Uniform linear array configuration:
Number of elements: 12
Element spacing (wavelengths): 0.25
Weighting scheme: hamming
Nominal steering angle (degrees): -30
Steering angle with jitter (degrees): -30.041
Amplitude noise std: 0.05
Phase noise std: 0.05

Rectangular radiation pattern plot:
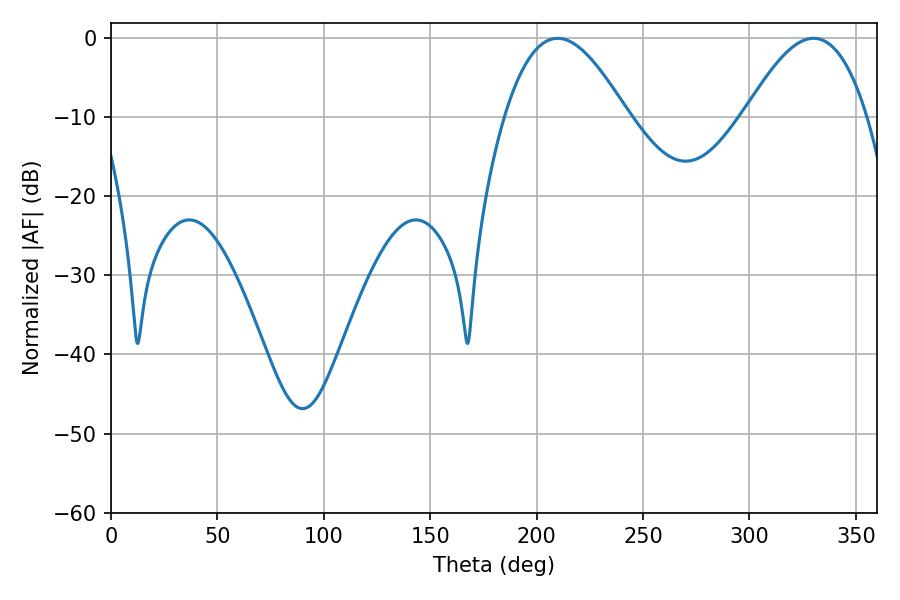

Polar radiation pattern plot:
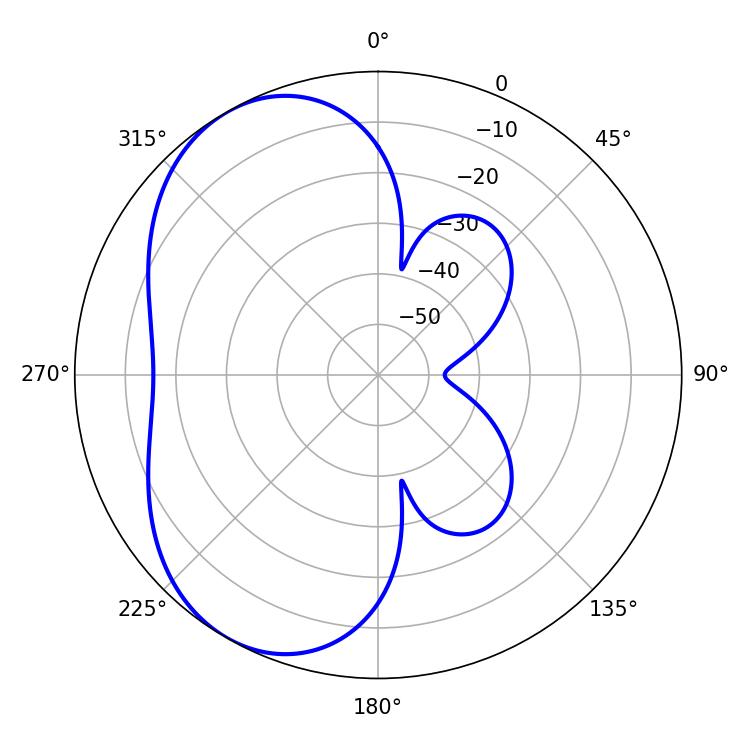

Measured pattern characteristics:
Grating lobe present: FALSE
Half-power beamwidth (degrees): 31.32
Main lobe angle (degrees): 209.88